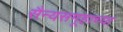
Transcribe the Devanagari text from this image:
सैन्यसमूहाच्या